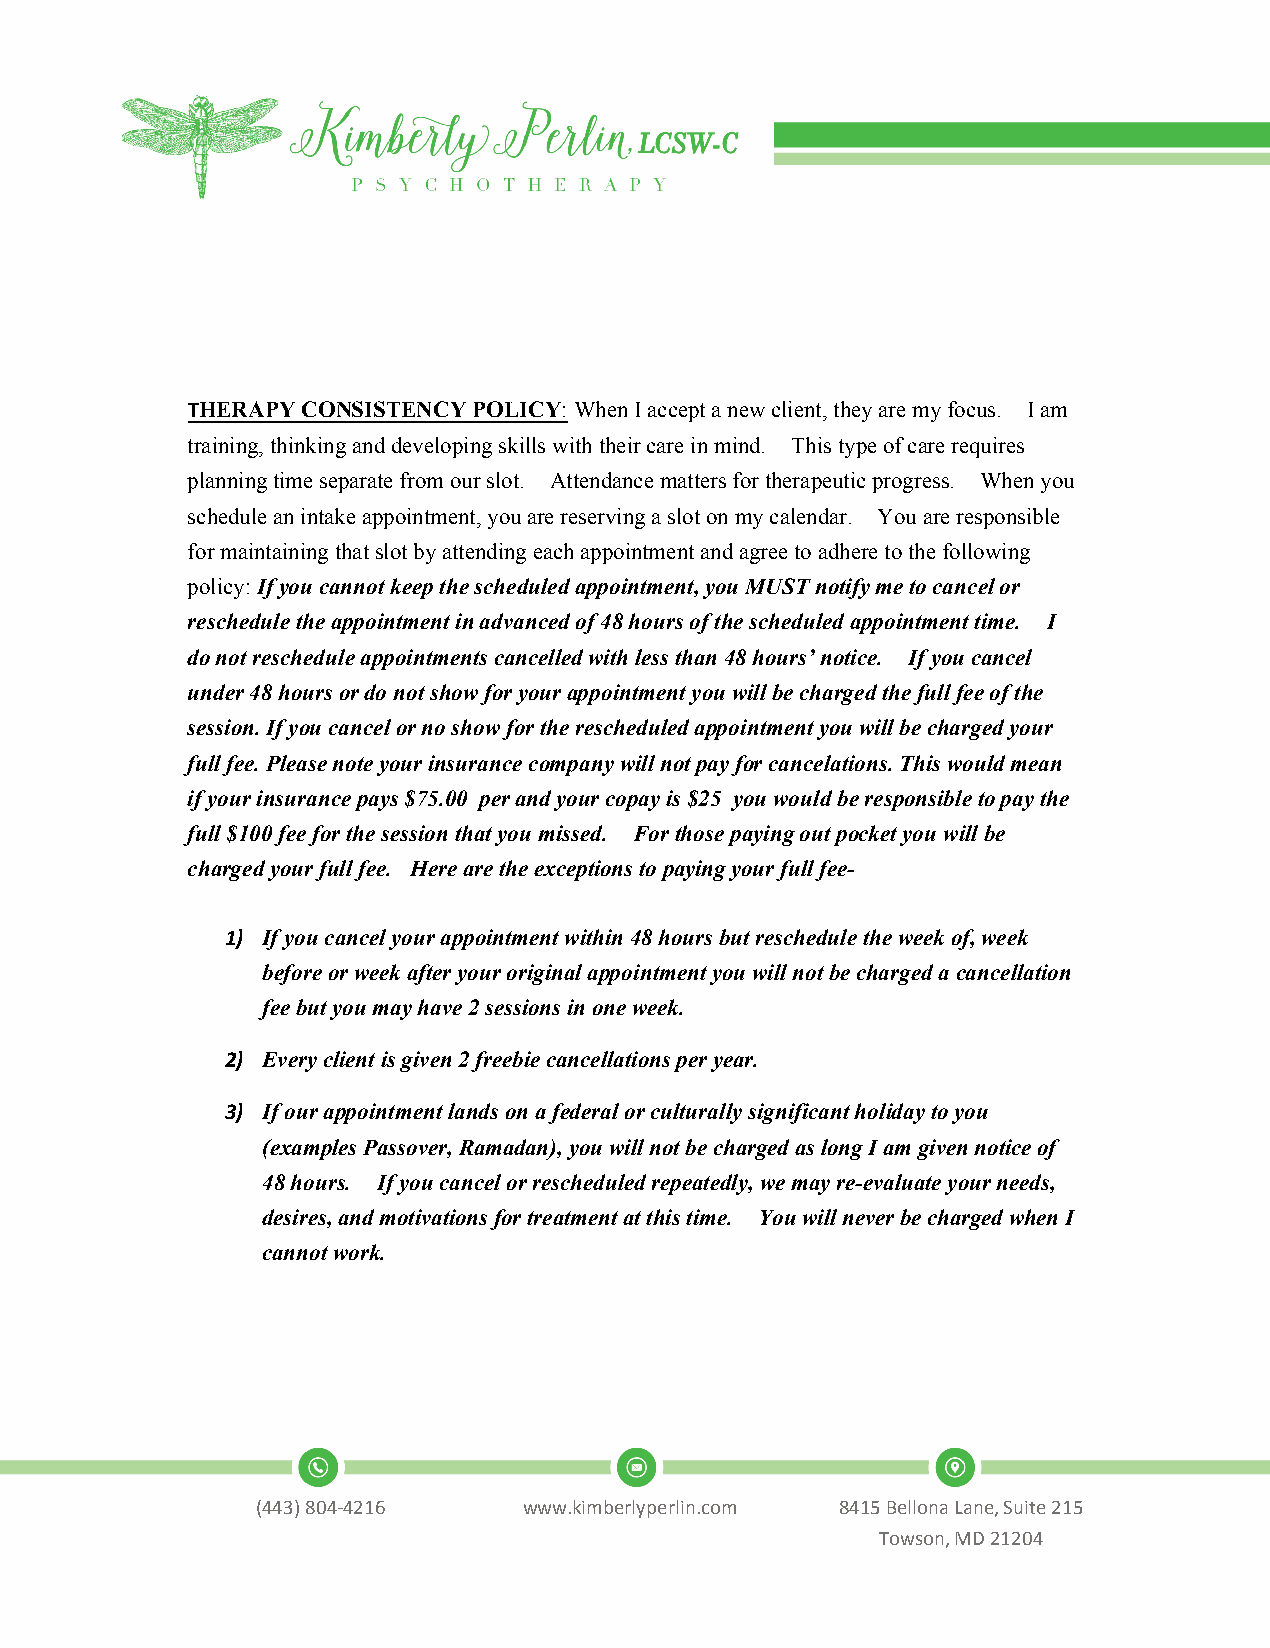
THERAPY CONSISTENCY POLICY: When I accept a new client, they are my focus. I am
 training, thinking and developing skills with their care in mind. This type of care requires
 planning time separate from our slot. Attendance matters for therapeutic progress. When you
 schedule an intake appointment, you are reserving a slot on my calendar. You are responsible
 for maintaining that slot by attending each appointment and agree to adhere to the following
 policy: If you cannot keep the scheduled appointment, you MUST notify me to cancel or
 reschedule the appointment in advanced of 48 hours of the scheduled appointment time. I
 do not reschedule appointments cancelled with less than 48 hours’ notice. If you cancel
 under 48 hours or do not show for your appointment you will be charged the full fee of the
 session. If you cancel or no show for the rescheduled appointment you will be charged your
 full fee. Please note your insurance company will not pay for cancelations. This would mean
 if your insurance pays $75.00 per and your copay is $25 you would be responsible to pay the
 full $100 fee for the session that you missed. For those paying out pocket you will be
 charged your full fee. Here are the exceptions to paying your full fee-
 1) If you cancel your appointment within 48 hours but reschedule the week of, week
 before or week after your original appointment you will not be charged a cancellation
 fee but you may have 2 sessions in one week.
 2) Every client is given 2 freebie cancellations per year.
 3) If our appointment lands on a federal or culturally significant holiday to you
 (examples Passover, Ramadan), you will not be charged as long I am given notice of
 48 hours. If you cancel or rescheduled repeatedly, we may re-evaluate your needs,
 desires, and motivations for treatment at this time. You will never be charged when I
 cannot work.
 (443)804-4216     www.kimberlyperlin.com 8415 Bellona Lane, Suite 215
 Towson, MD 21204